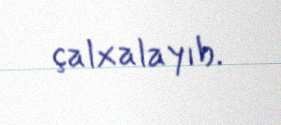
çalxalayıb.